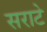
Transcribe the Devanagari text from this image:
सराटे